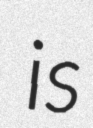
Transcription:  is